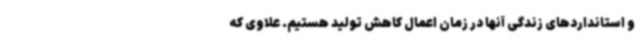
و استانداردهای زندگی آنها در زمان اعمال کاهش تولید هستیم. علاوی که